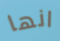
انها